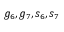
g _ { 6 } , g _ { 7 } , s _ { 6 } , s _ { 7 }